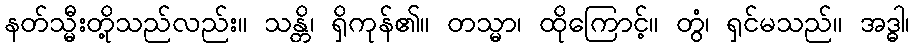
နတ်သ္မီးတို့သည်လည်း။ သန္တိ၊ ရှိကုန်၏။ တသ္မာ၊ ထိုကြောင့်။ တွံ၊ ရှင်မသည်။ အဒ္ဓါ၊